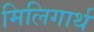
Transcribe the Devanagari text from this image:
मिलिगार्थ